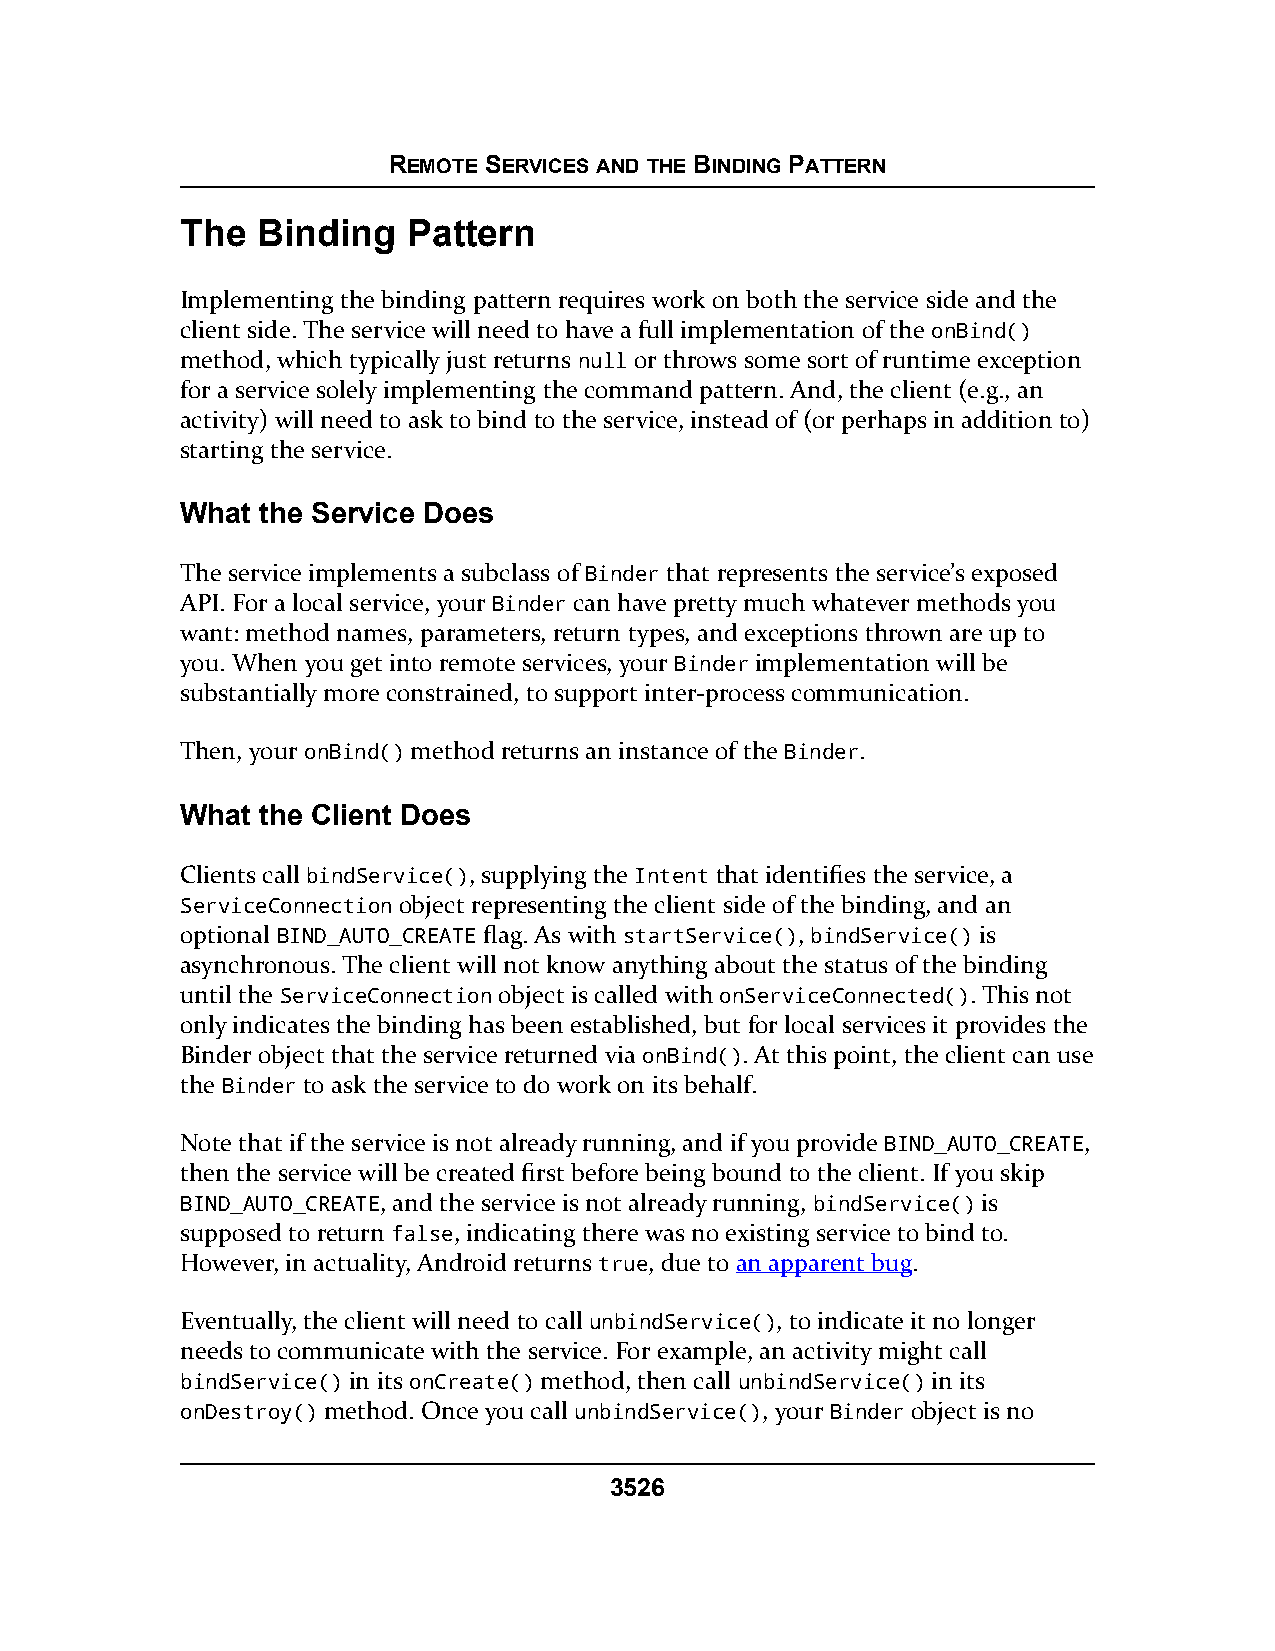
REMOTE SERVICES AND THE BINDING PATTERN
 The  Binding   Pattern
 Implementing the binding pattern requires work on both the service side and the
 client side. The service will need to have a full implementation of the onBind()
 method, which typically just returns null or throws some sort of runtime exception
 for a service solely implementing the command pattern. And, the client (e.g., an
 activity) will need to ask to bind to the service, instead of (or perhaps in addition to)
 starting the service.
 What the Service Does
 The service implements a subclass of Binder that represents the service’s exposed
 API. For a local service, your Binder can have pretty much whatever methods you
 want: method names, parameters, return types, and exceptions thrown are up to
 you. When you get into remote services, your Binder implementation will be
 substantially more constrained, to support inter-process communication.
 Then, your onBind() method returns an instance of the Binder.
 What the Client Does
 Clients call bindService(), supplying the Intent that identifies the service, a
 ServiceConnection object representing the client side of the binding, and an
 optional BIND_AUTO_CREATE flag. As with startService(), bindService() is
 asynchronous. The client will not know anything about the status of the binding
 until the ServiceConnection object is called with onServiceConnected(). This not
 only indicates the binding has been established, but for local services it provides the
 Binder object that the service returned via onBind(). At this point, the client can use
 the Binder to ask the service to do work on its behalf.
 Note that if the service is not already running, and if you provide BIND_AUTO_CREATE,
 then the service will be created first before being bound to the client. If you skip
 BIND_AUTO_CREATE, and the service is not already running, bindService() is
 supposed to return false, indicating there was no existing service to bind to.
 However, in actuality, Android returns true, due to an apparent bug.
 Eventually, the client will need to call unbindService(), to indicate it no longer
 needs to communicate with the service. For example, an activity might call
 bindService() in its onCreate() method, then call unbindService() in its
 onDestroy() method. Once you call unbindService(), your Binder object is no
 3526